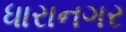
ધારાનગર